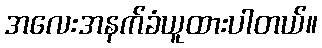
အလေးအနက်ခံယူထားပါတယ်။